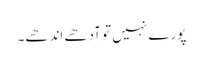
پورے نہیں تو آدھے اندھے۔